Vaccination Hyderabad 1890-1903 - 1890-1903
Year: 1890
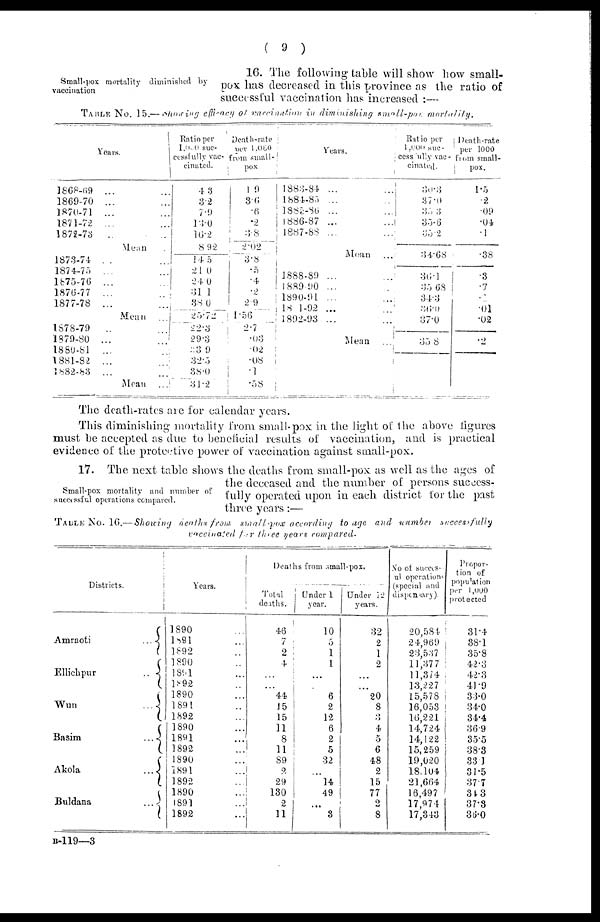
( 9 )
Small-pox. mortality diminished by
vaccination
16. The following table will show how small-
pox has decreased in this province as the ratio of
successful vaccination has increased :—
TABLE No. 15.— Showing efficincy of vaccination in diminishing small-pox
mortality.
Years.
1868-69 ... ...
1869-70 ... ...
1870-71 ... ...
1871-72 ... ...
1872-73 ... ...
Mean
1873-74 ... ...
1874-75 ... ...
1875-76 ... ...
1876-77 ... ...
1877-78 ... ...
Mean
1878-79
...
...
1879-80 ... ...
1880-81 ... ...
1881-82 ... ...
1882-83 ... ...
Mean
...
Ratio per
1,000 suc-
cessfully vac¬
cinated.
4.3
3.2
7.9
13.0
16.2
8.92
14.5
21.0
24.0
31.1
38.0
25.72
22.3
29.3
33.9
32.5
38.0
31.2
Death-rate
per 1,000
from small-
pox
1.9
3.6
.6
.2
3.8
2.02
3.8
.5
.4
.2
2.9
1.56
2.7
.03
.02
.08
.1
.58
Years.
1883-84 ... ...
1884-85 ... ...
1885-86 ... ...
1886-87 ... ...
1887-88 ... ...
Mean
1888-89 ... ...
1889-90 ... ...
1890-91 ... ...
1891-92 ... ...
1892-93 ... ...
Mean
...
Ratio per
1,000 suc-
cessfully vac¬
cinated.
30.3
37.0
35.3
35.6
35.2
34.68
36.1
35.68
34.3
36.0
37.0
35.8
Death-rate
per 1000
from small-
pox.
1.5
.2
.09
.04
.1
.38
.3
.7
.2
.01
.02
.2
The death-rates are for calendar years.
This diminishing mortality from small-pox in the light of the above figures
must be accepted as due to beneficial results of vaccination, and is practical
evidence of the protective power of vaccination against small-pox.
Small-pox mortality and number of
successful operations compared.
17. The next table shows the deaths from small-pox as well as the ages of
the deceased and the number of persons success-
fully operated upon in each district for the past
three years:—
TABLE No. 16.—Showing
deaths from small -pox according to age and number
successfully
vaccinated for three years compared.
Districts.
Amraoti
...
Ellichpur
...
Wun
...
Basim
...
Akola
...
Buldana
...
Years.
1890 ...
1891 ...
1892 ...
1890 ...
1891 ...
1892 ...
1890 ...
1891 ...
1892 ...
1890 ...
1891 ...
1892 ...
1890 ...
1891 ...
1892 ...
1890...
1891 ...
1892 ...
Deaths from small-pox.
Total
deaths.
46 ...
7
2
4
...
...
44
15
15
11
8
11
89
2
29
130
2
11
Under
year.
10
5
1
1
...
...
6
2
12
6
2
5
32
...
14
49
...
3
Under 12
years.
32
2
1
2
...
...
20
8
3
4
5
6
48
2
15
77
2
8
No of succes¬
ul operation.
(special and
dispensary).
20,584
24,969
23,537
11,377
11,374
13,227
15,578
16,053
16,221
14,724
14,122
15,259
19,020
18,104
21,664
16,497
17,974
17,343
Propor-
tion of
popuation
per 1,000
protected
31.4
38.1
35.8
42.3
42.3
41.9
33.0
34.0
34.4
36.9
355
38.3
33.1
31.5
37.7
34.3
37.3
36.0
B-119—3